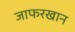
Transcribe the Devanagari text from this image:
जाफरखान